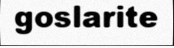
goslarite